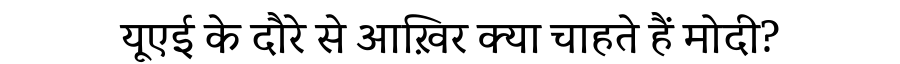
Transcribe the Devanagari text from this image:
यूएई के दौरे से आख़िर क्या चाहते हैं मोदी?